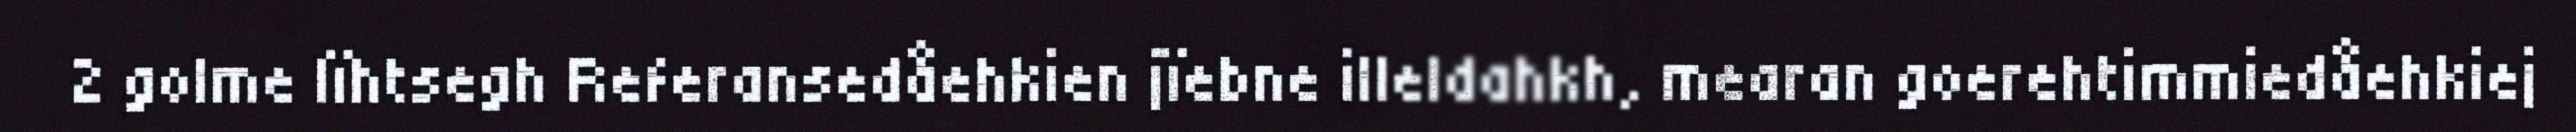
2 golme lïhtsegh Referansedåehkien jïebne illeldahkh, mearan goerehtimmiedåehkiej